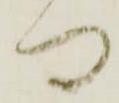
門